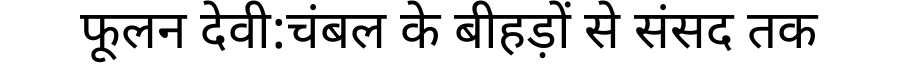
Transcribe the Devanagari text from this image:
फूलन देवी:चंबल के बीहड़ों से संसद तक